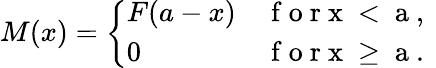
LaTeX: M(x)=\left\{ \begin{array}{ll}{F(a-x)}&{\mathrm{~f~o~r~x~<~a~,~}}\\ {0}&{\mathrm{~f~o~r~x~\geq~a~.~}}\end{array}\right.